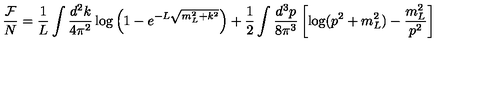
\frac { { \cal F } } { N } = \frac { 1 } { L } \int \frac { d ^ { 2 } k } { 4 \pi ^ { 2 } } \log \left( 1 - e ^ { - L \sqrt { m _ { L } ^ { 2 } + k ^ { 2 } } } \right) + \frac { 1 } { 2 } \int \frac { d ^ { 3 } p } { 8 \pi ^ { 3 } } \left[ \log ( p ^ { 2 } + m _ { L } ^ { 2 } ) - \frac { m _ { L } ^ { 2 } } { p ^ { 2 } } \right]